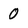
Character: 0